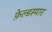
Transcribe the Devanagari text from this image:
फ़ेल्डस्पार